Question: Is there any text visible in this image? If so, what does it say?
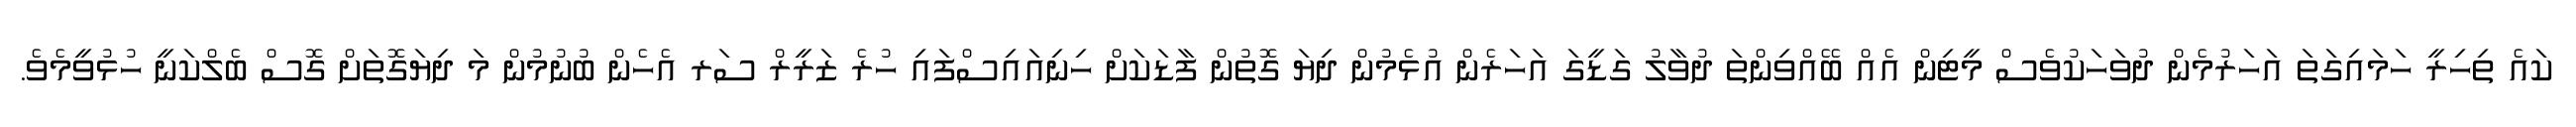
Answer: ކައެ ތިހިރީ ހަމައިގަތަ އަހަރުމެން ދުވަހަކުވެސް މީޓިން އެއް ބޭއްވިންތަ ދުވާލު ގަޑީގަ އަހަރެން އުޅެމުން ދިޔަ ގޮތުން ފާޑަކަށް ހިނިއައިސްފައި ހުރެ ޒަރީރް ސަރ އެހެން ބުނުމުން މަ ދިޔަގޮތަށް ގޮސް ބެލްކަނީ ހުޅުވީމެވެ.